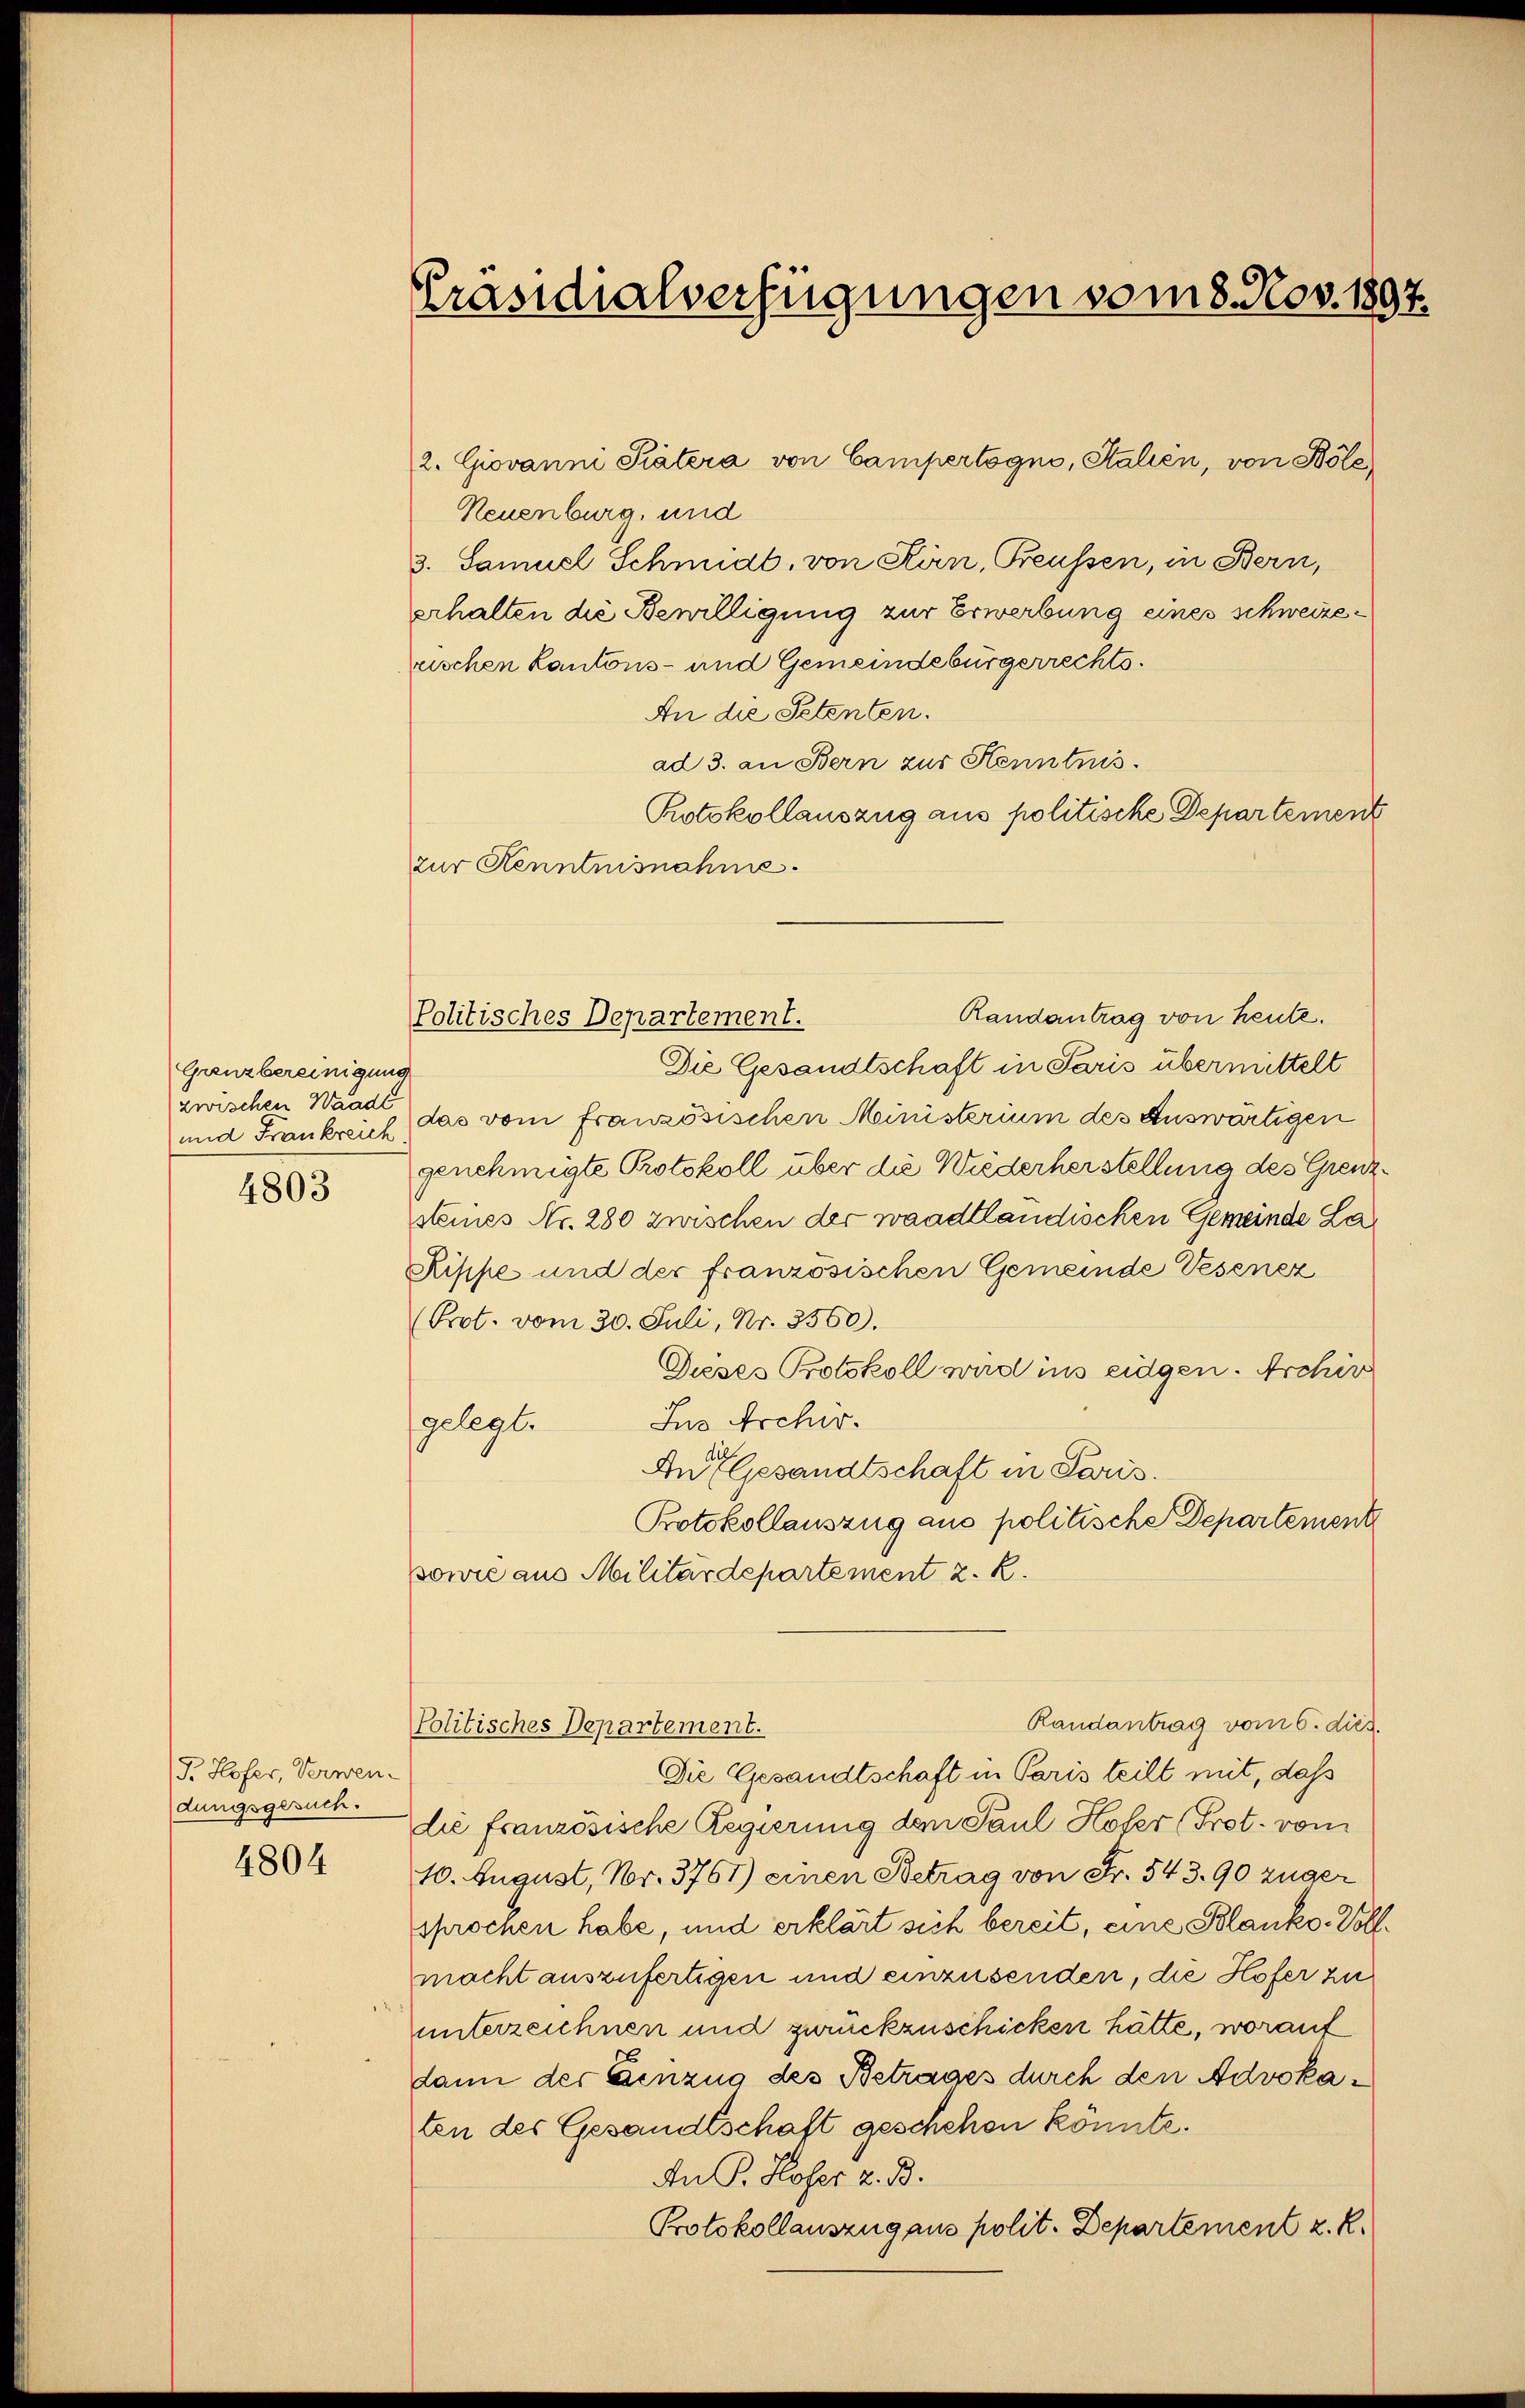
Grenzbereinigung
zwischen Waadt
und Frankreich

4803

P. Hofer, Verwen-
dungsgesuch.

4804

Präsidialverfügungen vom 8. Nov. 1897.

zur Kenntnisnahme.

Politisches Departement.

Neuenburg, und
3. Samuel Schmidt, von Stirn, Freussen, in Bern,
erhalten die Bewilligung zur Erwerbung eines schweizerischen Kantons- und Gemeindebürgerrechts.
An die Petenten.
ad 3. an Bern zur Kenntnis.
Protokollauszug aus politische Departement
Randantrag von heute.
Die Gesandtschaft in Paris übermittelt
das vom französischen Ministerium des Auswärtigen
genehmigte Protokoll über die Wiederherstellung des Grenzsteines Nr. 280 zwischen der waadtländischen Gemeinde La¬
Rippe und der französischen Gemeinde Vesenez
(Prot. vom 30. Juli, Nr. 3560).
Dieses Protokoll wird ins eidgen. Archiv
Jus Archiv.
gelegte
An Gesandtschaft in Paris.
Protokollauszug aus politische Departement
sowie aus Militärdepartement z. R.
Randantrag vom 6. dus.
Politisches Departement.
Die Gesandtschaft in Paris teilt mit, daß
die französische Regierung den Paul Hofer (Prot. vom
10. August, Nr. 3761) einen Betrag von Fr. 543. 90 zuger
sprochen habe, und erklärt sich bereit, eine Blanko-Vollmacht auszufertigen und einzusenden, die Hofer zu
unterzeichnen und zurückzuschicken hätte, worauf
dann der Einzug des Betrages durch den Advokaten des Gesandtschaft geschehen könnte.
An P. Hofer z. B.
Protokollauszug aus polit. Departement z. R.

2. Giovanni Katera von Campertogno, Stalien, von Böle